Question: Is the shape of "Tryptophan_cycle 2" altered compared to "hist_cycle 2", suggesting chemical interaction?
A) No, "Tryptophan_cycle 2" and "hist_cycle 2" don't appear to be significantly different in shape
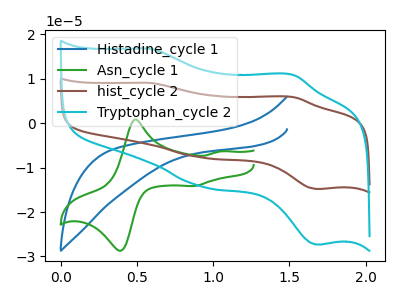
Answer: <think>The blue curve "Histadine_cycle 1" has no peaks. The green curve "Asn_cycle 1" has anodic peaks at (0.50V, 0.80uA) (1.05V, -6.35uA) and cathodic peaks at (0.35V, -28.50uA) (0.85V, -14.15uA). The brown curve "hist_cycle 2" has anodic peaks at (0.60V, 9.10uA) (1.50V, 5.90uA) and cathodic peaks at (0.95V, -7.70uA) (1.70V, -14.80uA). The cyan curve "Tryptophan_cycle 2" has anodic peaks at (0.60V, 16.80uA) (1.50V, 10.90uA) and cathodic peaks at (0.95V, -14.25uA) (1.70V, -27.30uA).
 All the peaks in "Tryptophan_cycle 2" have a peak in "hist_cycle 2" at the same potential. Every peak in "Tryptophan_cycle 2" is higher than every peak in "hist_cycle 2".</think>
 <answer>A) No, "Tryptophan_cycle 2" and "hist_cycle 2" don't appear to be significantly different in shape</answer>
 <eval>A</eval>